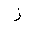
Letter: _zay